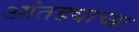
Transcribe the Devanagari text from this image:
आंतड्याच्या